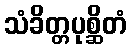
သံခိတ္တပုစ္ဆိတံ